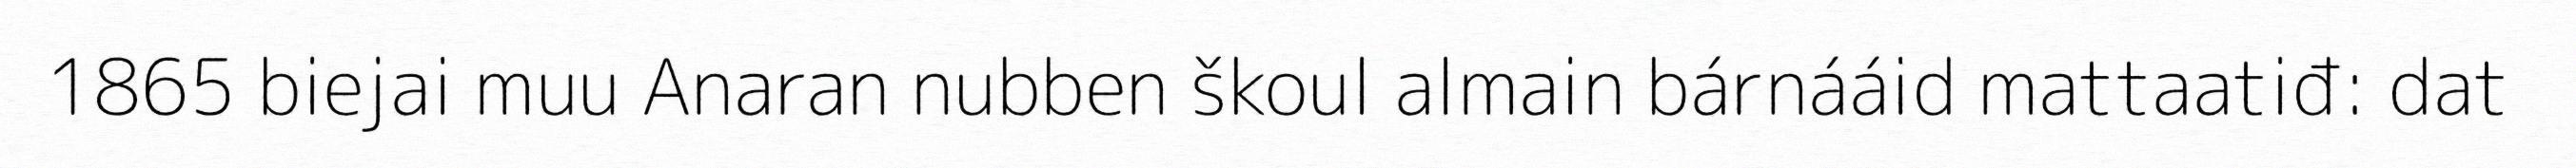
1865 biejai muu Anaran nubben škoul almain bárnááid mattaatiđ: dat